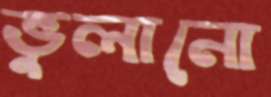
ভুলানো